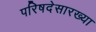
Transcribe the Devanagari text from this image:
परिषदेसारख्या